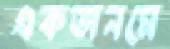
একজনমে